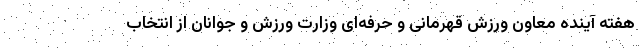
هفته آینده معاون ورزش قهرمانی و حرفه‌ای وزارت ورزش و جوانان از انتخاب